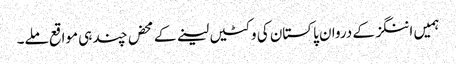
ہمیں اننگز کے دروان پاکستان کی وکٹیں لینے کے محض چند ہی مواقع ملے۔